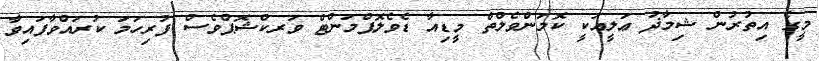
މީގެ އިތުރުން ޝިމާޛު ޢަލީއަކީ ކޮމަންވެލްތް މީޑިއާ ޑެވެލޮޕްމަންޓް ވަރކްޝޮޕްވެސް ފުރިހަމަ ކުރައްވާފައިވާ